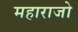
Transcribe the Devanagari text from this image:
महाराजो